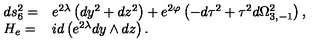
\begin{array} { l l } { d s _ { 6 } ^ { 2 } = } & { e ^ { 2 \lambda } \left( d y ^ { 2 } + d z ^ { 2 } \right) + e ^ { 2 \varphi } \left( - d \tau ^ { 2 } + \tau ^ { 2 } d \Omega _ { 3 , - 1 } ^ { 2 } \right) , } \\ { H _ { e } = } & { i d \left( e ^ { 2 \lambda } d y \wedge d z \right) . } \\ \end{array}